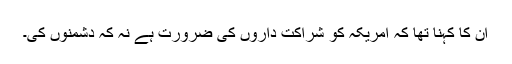
اُن کا کہنا تھا کہ امریکہ کو شراکت داروں کی ضرورت ہے نہ کہ دشمنوں کی۔